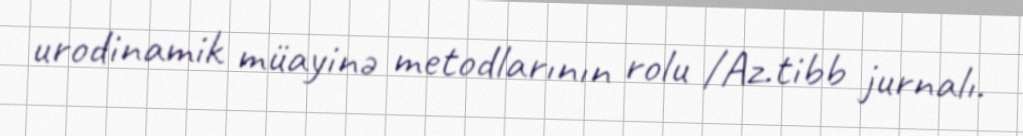
urodinamik müayinə metodlarının rolu /Az.tibb jurnalı.